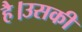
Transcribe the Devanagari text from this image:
है।उसकी